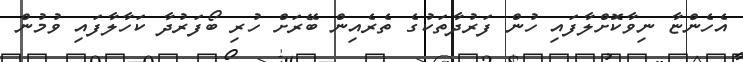
އެހެންޏާ ނިވާކޮށްލާފައި ހުން ފަރުދާތަކުގެ ތެރެއިން ބޭރަށް ހުރި ބޯފަރުދާ ކަހާލާފައި ވުމުން